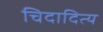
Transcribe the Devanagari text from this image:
चिदादित्य